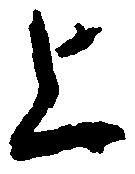
上